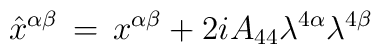
\hat x^{\alpha \beta} \, = \, x^{\alpha \beta} + 2i A_{44}\lambda^{4 \alpha} \lambda^{4 \beta}